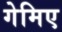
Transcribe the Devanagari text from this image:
गेमिए